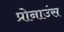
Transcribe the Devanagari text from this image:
प्रोनाउंस